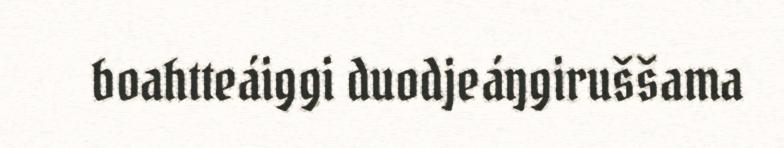
boahtteáiggi duodjeáŋgiruššama